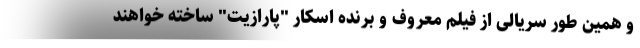
و همین طور سریالی از فیلم معروف و برنده اسکار "پارازیت" ساخته خواهند